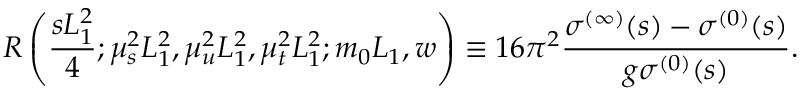
R \left( \frac { s L _ { 1 } ^ { 2 } } { 4 } ; \mu _ { s } ^ { 2 } L _ { 1 } ^ { 2 } , \mu _ { u } ^ { 2 } L _ { 1 } ^ { 2 } , \mu _ { t } ^ { 2 } L _ { 1 } ^ { 2 } ; m _ { 0 } L _ { 1 } , w \right) \equiv 1 6 \pi ^ { 2 } \frac { \sigma ^ { ( \infty ) } ( s ) - \sigma ^ { ( 0 ) } ( s ) } { g \sigma ^ { ( 0 ) } ( s ) } .